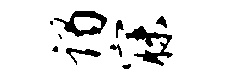
谒寐